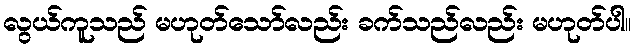
လွယ်ကူသည် မဟုတ်သော်လည်း ခက်သည်လည်း မဟုတ်ပါ။